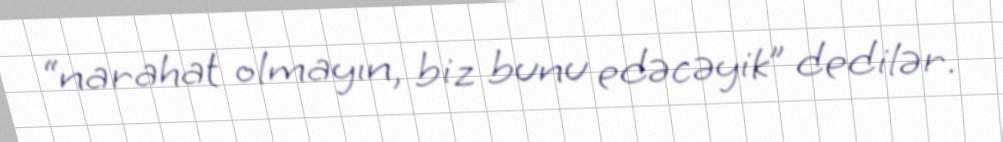
“narahat olmayın, biz bunu edəcəyik” dedilər.